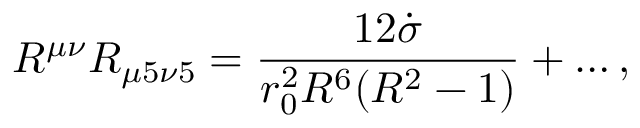
R ^ { \mu \nu } R _ { \mu 5 \nu 5 } = \frac { 1 2 \dot { \sigma } } { r _ { 0 } ^ { 2 } R ^ { 6 } ( R ^ { 2 } - 1 ) } + \ldots ,